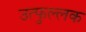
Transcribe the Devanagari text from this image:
उत्‍फुल्‍लक